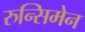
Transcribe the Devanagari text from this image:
रुन्सिमेन